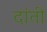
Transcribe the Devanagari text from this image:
दांती